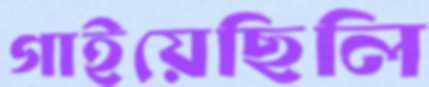
গাইয়েছিলি